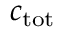
c _ { \mathrm { t o t } }